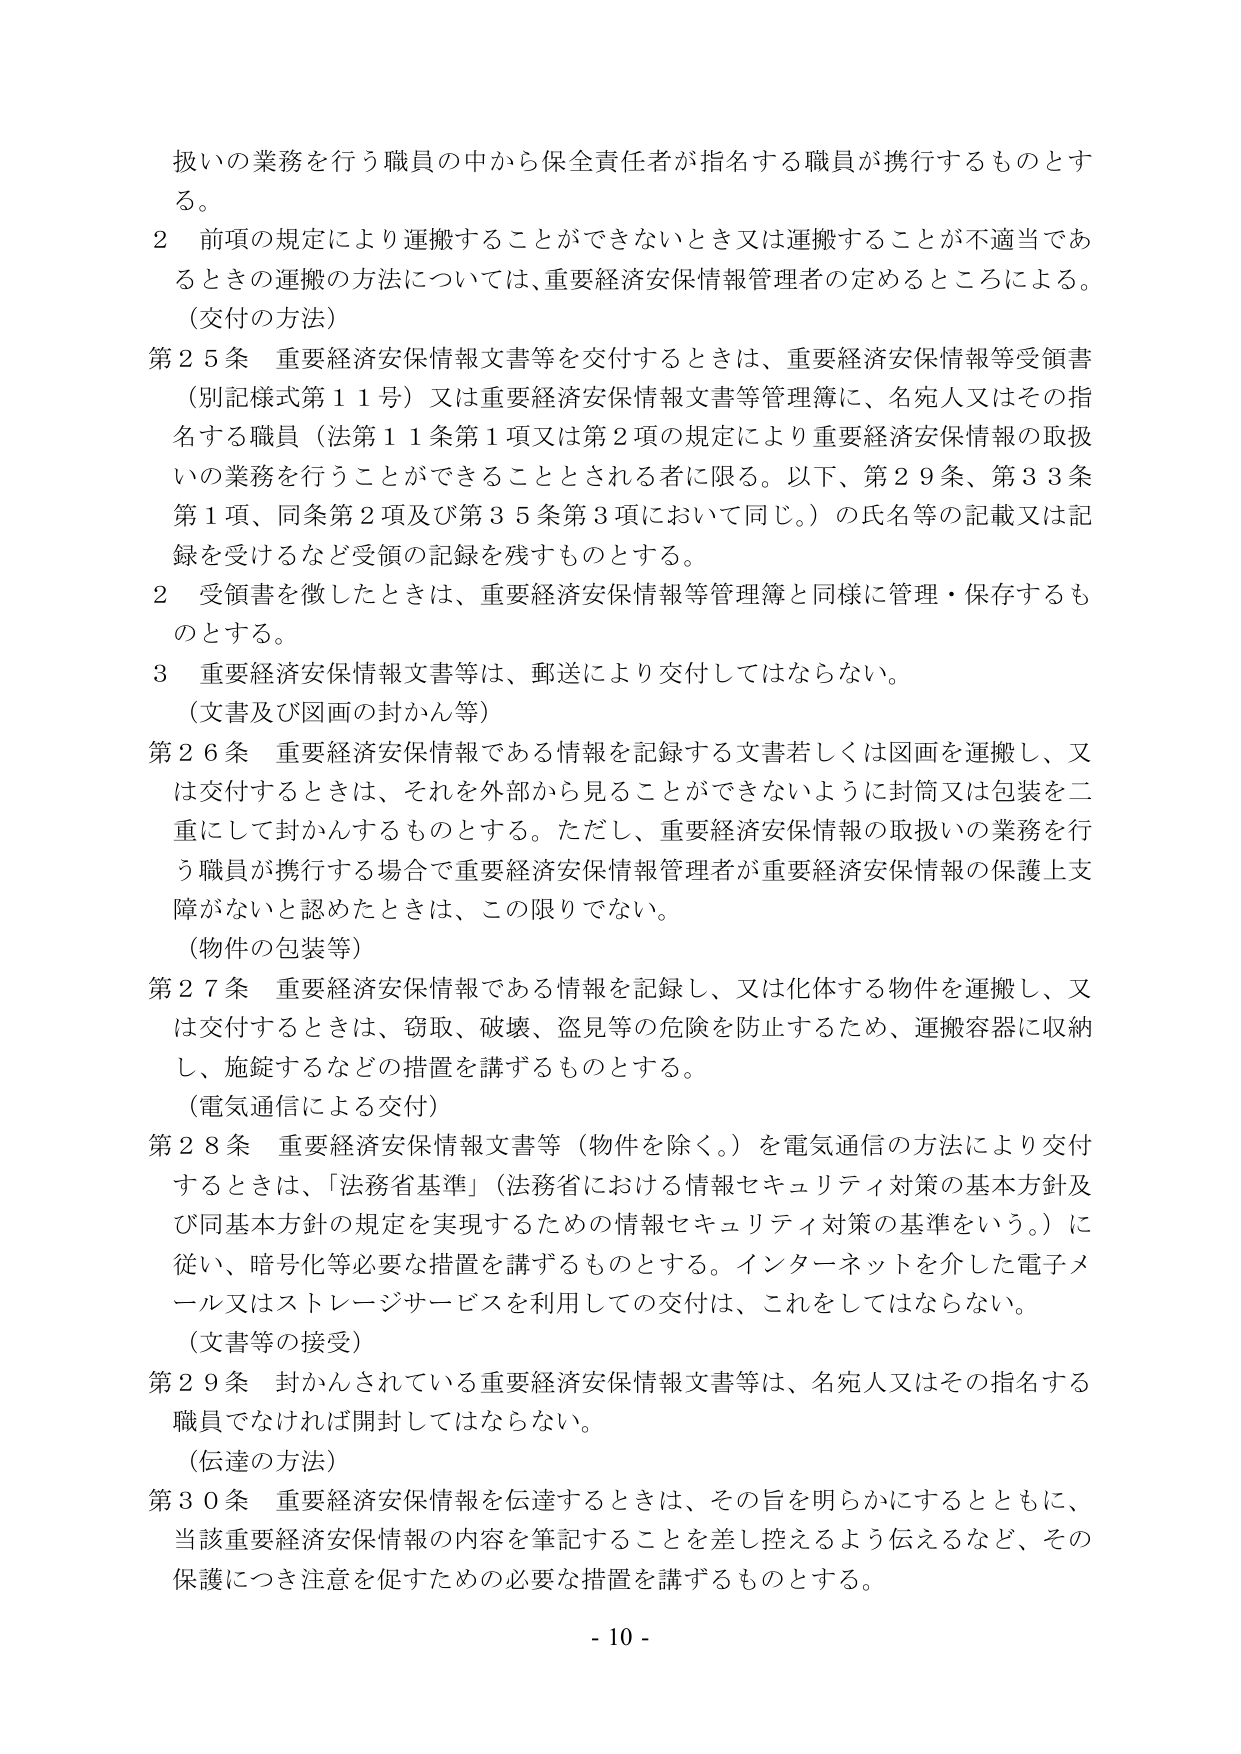
扱いの業務を行う職員の中から保全責任者が指名する職員が携行するものとする。

２ 前項の規定により運搬することができないとき又は運搬することが不適当であるときの運搬の方法については、重要経済安保情報管理者の定めるところによる。

（交付の方法）

第25条 重要経済安保情報文書等を交付するときは、重要経済安保情報等受領書（別記様式第11号）又は重要経済安保情報文書等管理簿に、名宛人又はその指名する職員（法第11条第1項又は第2項の規定により重要経済安保情報の取扱いの業務を行うことができることとされる者に限る。以下、第29条、第33条第1項、同条第2項及び第35条第3項において同じ。）の氏名等の記載又は記録を受けるなど受領の記録を残すものとする。

２ 受領書を徴したときは、重要経済安保情報等管理簿と同様に管理・保存するものとする。

３ 重要経済安保情報文書等は、郵送により交付してはならない。

（文書及び図画の封かん等）

第26条 重要経済安保情報である情報を記録する文書若しくは図画を運搬し、又は交付するときは、それを外部から見ることができないように封筒又は包装を二重にして封かんするものとする。ただし、重要経済安保情報の取扱いの業務を行う職員が携行する場合で重要経済安保情報管理者が重要経済安保情報の保護上支障がないと認めたときは、この限りでない。

（物件の包装等）

第27条 重要経済安保情報である情報を記録し、又は化体する物件を運搬し、又は交付するときは、窃取、破壊、盗見等の危険を防止するため、運搬容器に収納し、施錠するなどの措置を講ずるものとする。

（電気通信による交付）

第28条 重要経済安保情報文書等（物件を除く。）を電気通信の方法により交付するときは、「法務省基準」（法務省における情報セキュリティ対策の基本方針及び同基本方針の規定を実現するための情報セキュリティ対策の基準をいう。）に従い、暗号化等必要な措置を講ずるものとする。インターネットを介した電子メール又はストレージサービスを利用しての交付は、これをしてはならない。

（文書等の接受）

第29条 封かんされている重要経済安保情報文書等は、名宛人又はその指名する職員でなければ開封してはならない。

（伝達の方法）

第30条 重要経済安保情報を伝達するときは、その旨を明らかにするとともに、当該重要経済安保情報の内容を筆記することを差し控えるよう伝えるなど、その保護につき注意を促すための必要な措置を講ずるものとする。

- 10 -